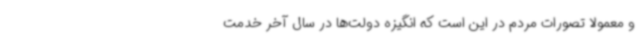
و معمولاً تصورات مردم در این است که انگیزه دولت‌ها در سال آخر خدمت